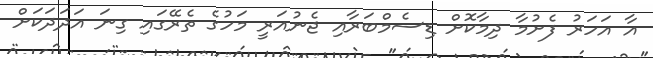
އާ އަހަރު ފެށުމާ ދިމާކޮށް ޑިސެމްބަރާއި ޖެނުއަރީ މަހުގެ ތެރޭގައި ގިނަ އަދަދަކަށް